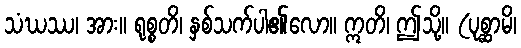
သံဃဿ၊ အား။ ရုစ္စတိ၊ နှစ်သက်ပါ၏လော။ ဣတိ၊ ဤသို့။ (ပုစ္ဆာမိ၊